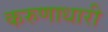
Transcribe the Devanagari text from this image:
करुणाधारी